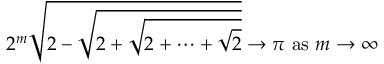
2 ^ { m } { \sqrt { 2 - { \sqrt { 2 + { \sqrt { 2 + \cdots + { \sqrt { 2 } } } } } } } } \to \pi { \mathrm { ~ a s ~ } } m \to \infty